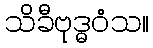
သိခီဗုဒ္ဓဝံသ။